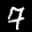
Label: 7